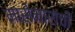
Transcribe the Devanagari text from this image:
मासेमारांची